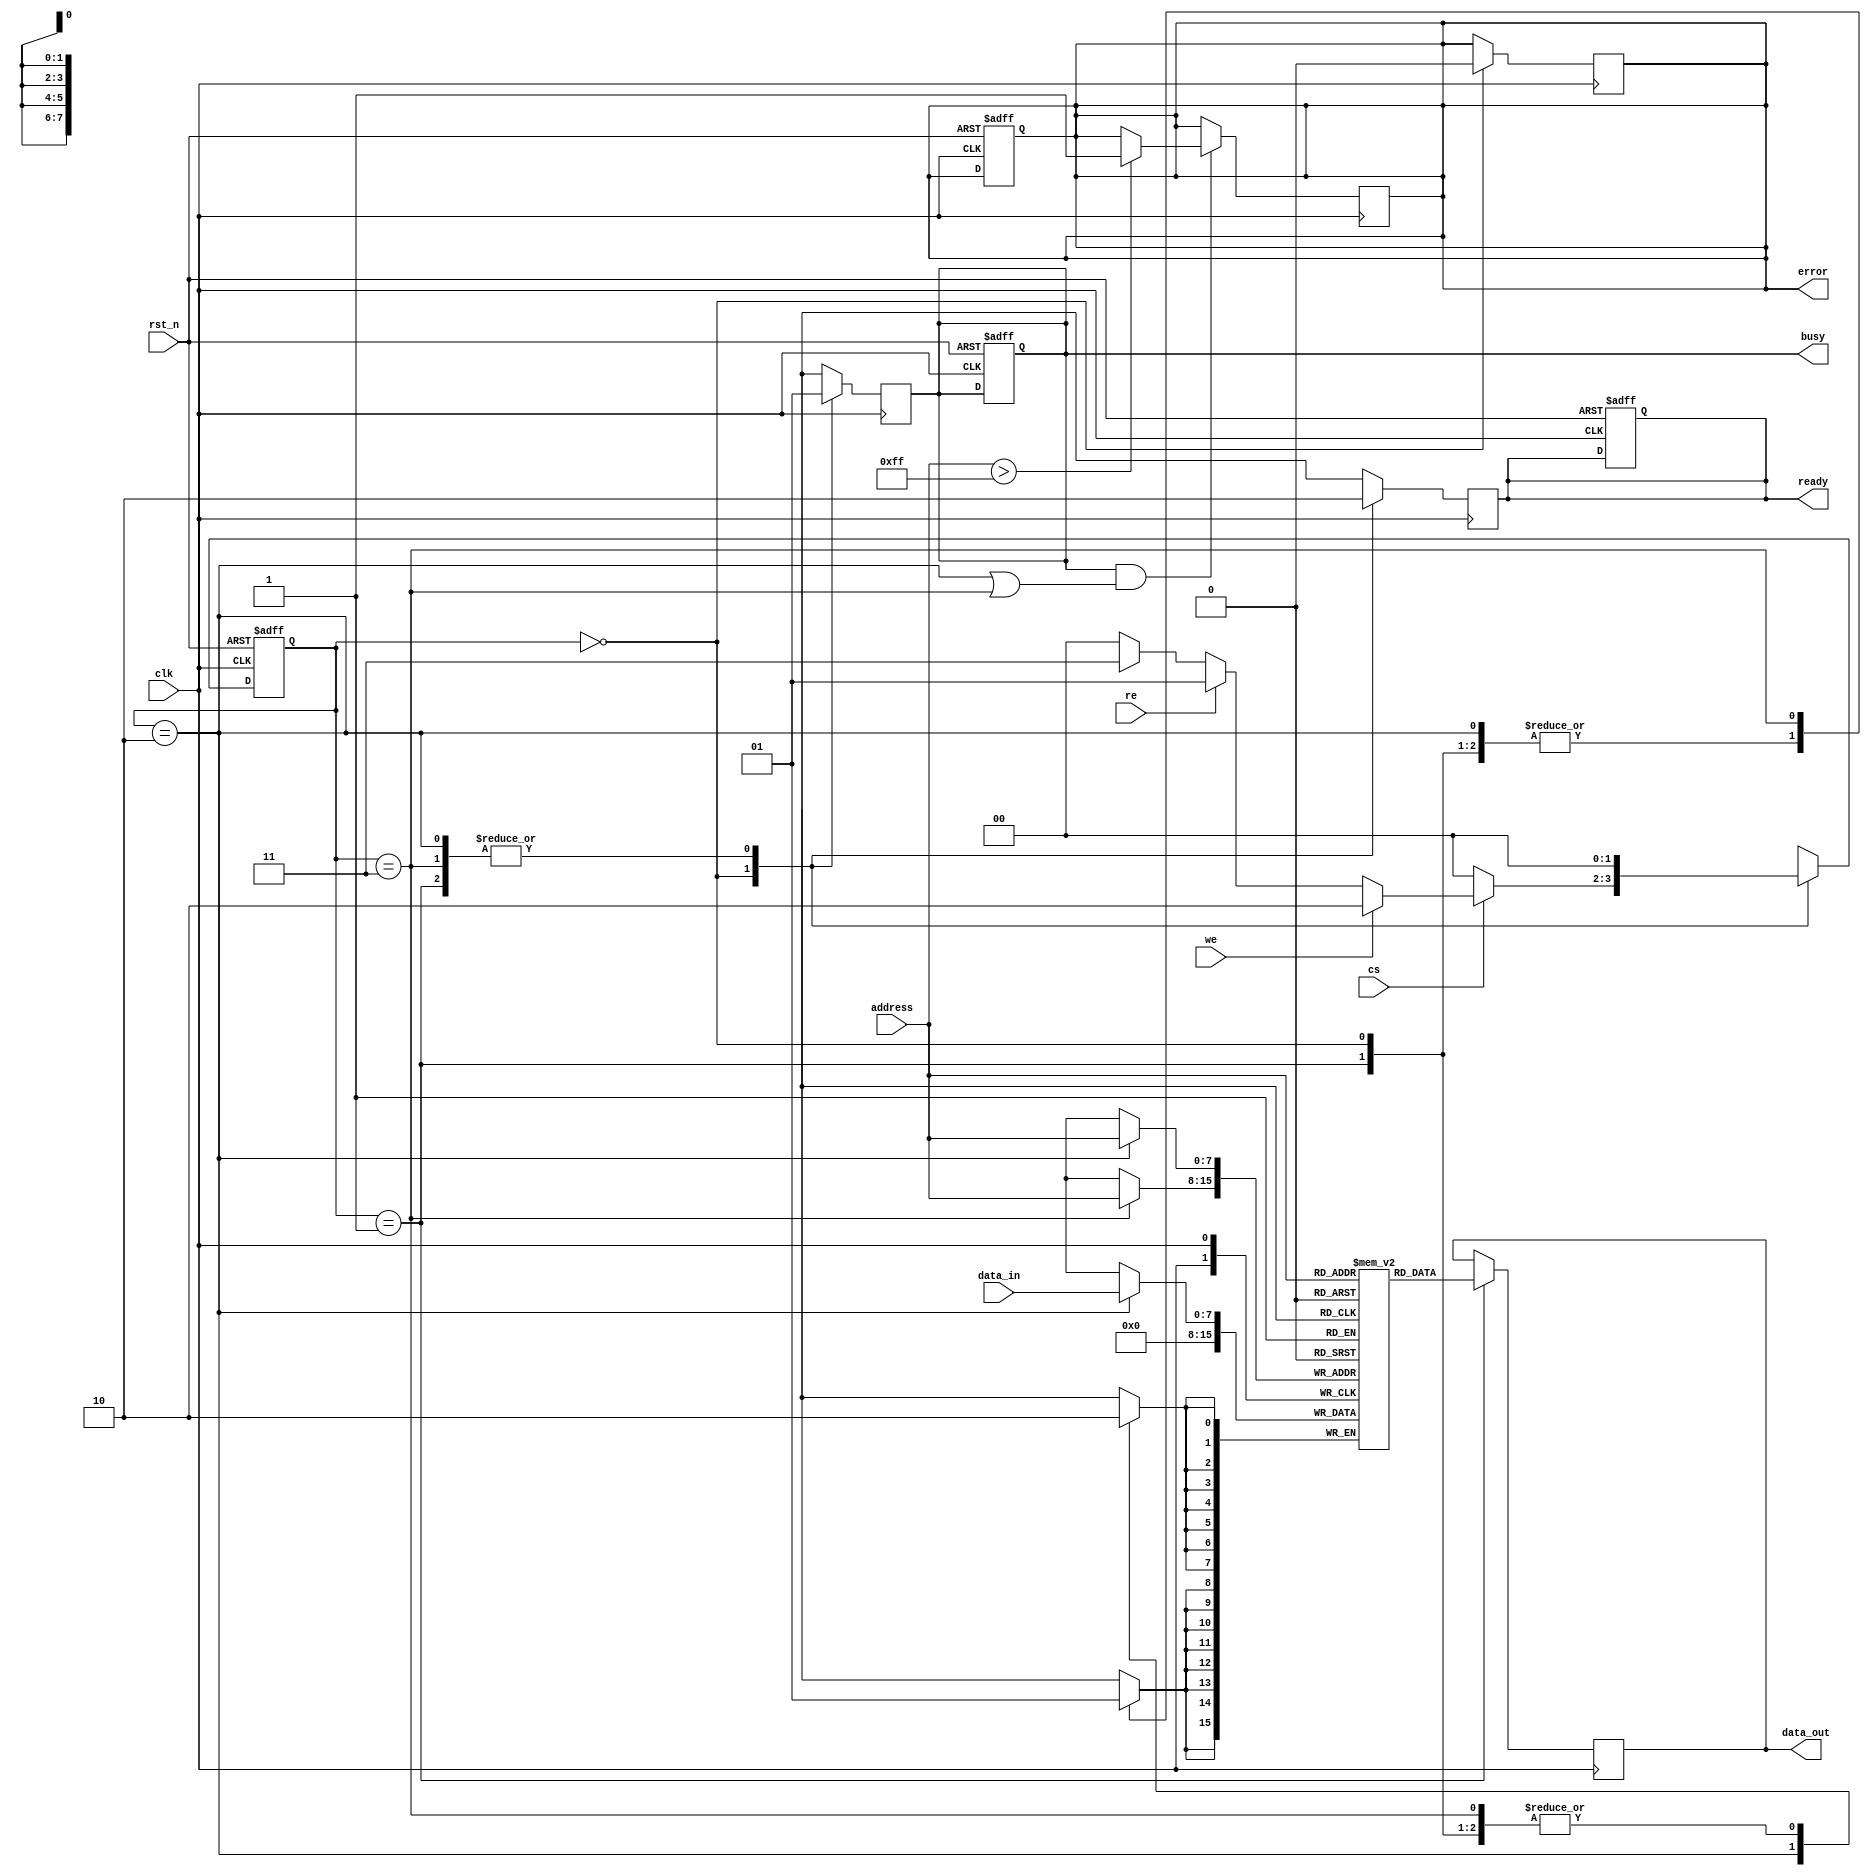
module FlashEEPROM (
    input wire clk,               // System clock
    input wire rst_n,             // Active-low reset
    input wire cs,                // Chip select
    input wire we,                // Write enable
    input wire re,                // Read enable
    input wire [7:0] address,     // Address bus
    input wire [7:0] data_in,     // Data input bus
    output reg [7:0] data_out,    // Data output bus
    output reg ready,             // Ready status signal
    output reg busy,              // Busy status signal
    output reg error              // Error status signal
);

    // Memory array
    reg [7:0] memory [0:255]; // 256 bytes of memory
    reg [1:0] state;          // State for FSM
    reg [1:0] next_state;     // Next state for FSM

    // State encoding
    localparam IDLE = 2'b00;
    localparam READ = 2'b01;
    localparam WRITE = 2'b10;
    localparam ERASE = 2'b11;

    // Status register
    reg [2:0] status_reg;

    // State machine
    always @(posedge clk or negedge rst_n) begin
        if (!rst_n) begin
            state <= IDLE;
            ready <= 1;
            busy <= 0;
            error <= 0;
        end else begin
            state <= next_state;
        end
    end

    // Next state logic
    always @(*) begin
        case (state)
            IDLE: begin
                if (cs) begin
                    if (we) begin
                        next_state = WRITE;
                    end else if (re) begin
                        next_state = READ;
                    end else if (erase) begin
                        next_state = ERASE;
                    end else begin
                        next_state = IDLE;
                    end
                end else begin
                    next_state = IDLE;
                end
            end
            READ: begin
                next_state = IDLE;
            end
            WRITE: begin
                next_state = IDLE;
            end
            ERASE: begin
                next_state = IDLE;
            end
            default: next_state = IDLE;
        endcase
    end

    // Operation logic
    always @(posedge clk) begin
        case (state)
            IDLE: begin
                ready <= 1;
                busy <= 0;
                error <= 0;
            end
            READ: begin
                busy <= 1;
                ready <= 0;
                data_out <= memory[address];
            end
            WRITE: begin
                busy <= 1;
                ready <= 0;
                memory[address] <= data_in; // Write data
            end
            ERASE: begin
                busy <= 1;
                ready <= 0;
                memory[address] <= 8'b0; // Erase data
            end
        endcase
    end

    // Error handling (example)
    always @(posedge clk) begin
        if (busy && (state == WRITE || state == ERASE)) begin
            // Example error condition
            if (address > 255) begin
                error <= 1; // Address out of range
            end
        end
    end

endmodule